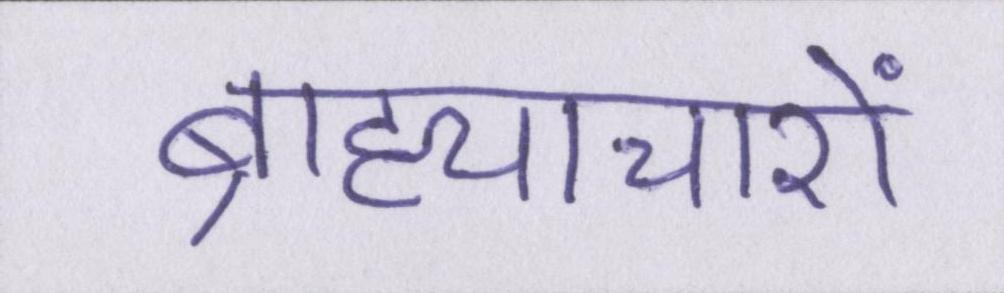
ब्राह्याचारों